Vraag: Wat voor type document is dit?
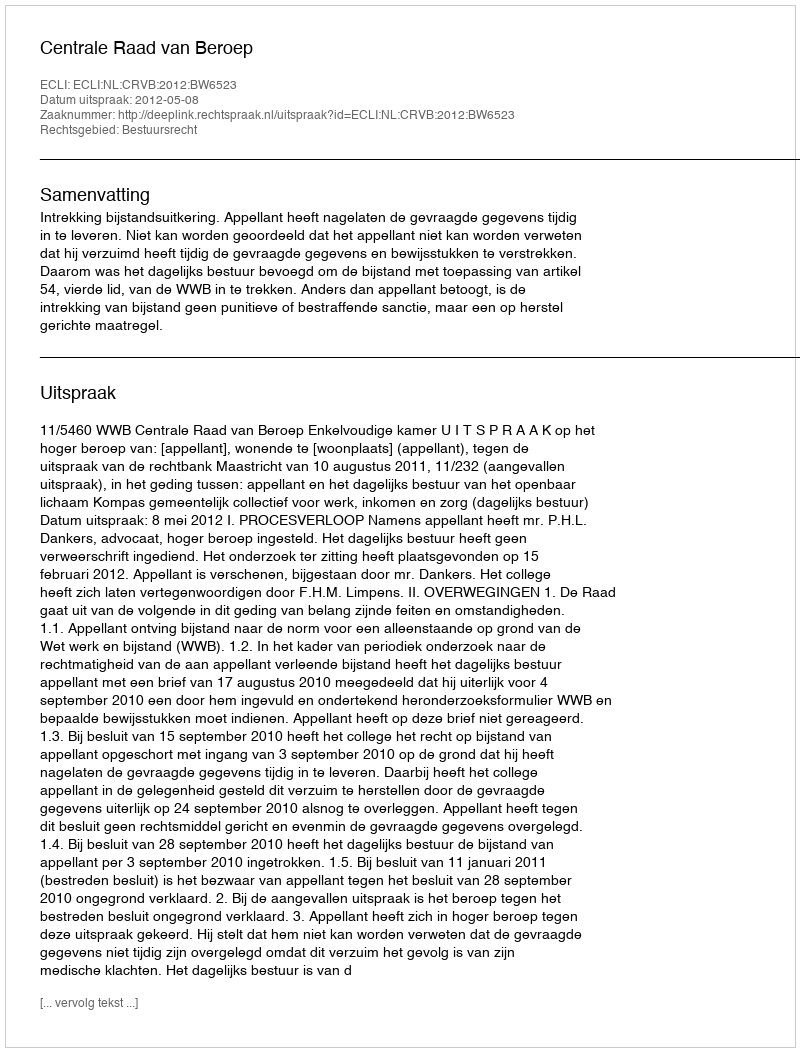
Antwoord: Uitspraak